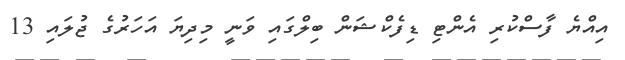
އިއްޔެ ފާސްކުރި އެންޓި ޑިފެކްޝަން ބިލްގައި ވަނީ މިދިޔަ އަހަރުގެ ޖުލައި 13